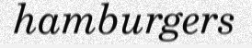
hamburgers